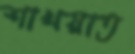
শাখয়াত